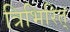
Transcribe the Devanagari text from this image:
त्रिभिरित्